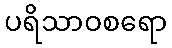
ပရိသာဝစရော